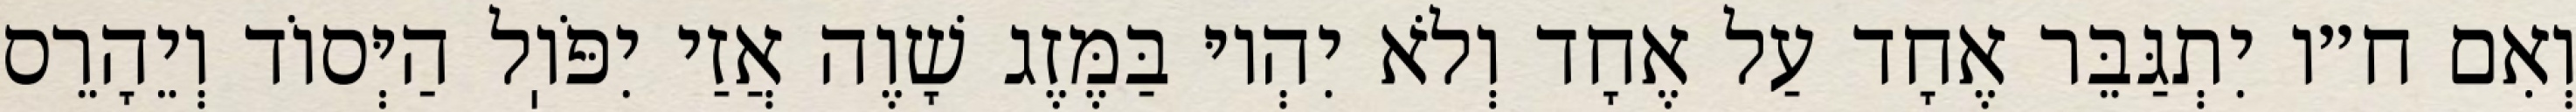
וְאִם ח״ו יִתְגַּבֵּר אֶחָד עַל אֶחָד וְלֹא יִהְיוּ בַּמֶּזֶג שָׁוֶה אֲזַי יִפֹּוֽל הַיְּסוֹד וְיֵהָרֵס